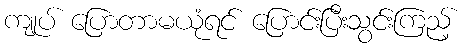
ကျုပ် ပြောတာမယုံရင် ပြောင်းပြီးသွင်းကြည့်